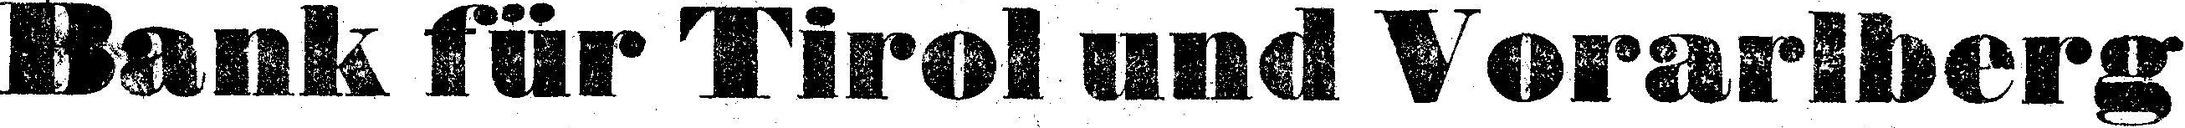
Bank für Tirol und Vorarlberg